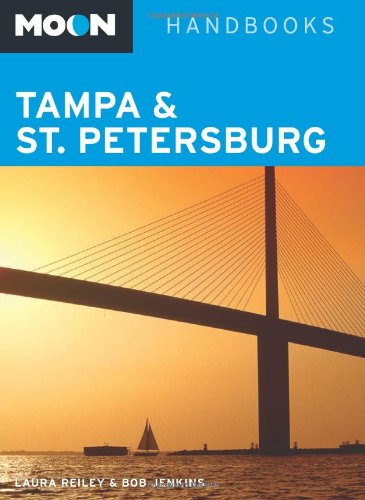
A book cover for Moon Tampa & St. Petersburg (Moon Tampa and St. Petersburg); Laura Reiley; Travel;